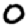
Digit: 0